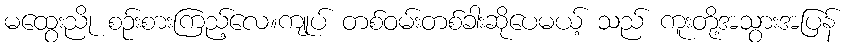
မထွေးညို စဉ်းစားကြည့်လေ။ကျုပ် တစ်ဝမ်းတစ်ခါးဆိုပေမယ့် သည် ကူးတို့အသွားအပြန်